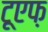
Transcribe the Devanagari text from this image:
टूएफ़